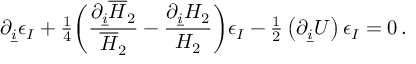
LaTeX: \partial _ { \underline { { i } } } \epsilon _ { I } + { \textstyle \frac { 1 } { 4 } } \biggl ( { \frac { \partial _ { \underline { { i } } } { \overline { { { \cal H } } } _ { 2 } } } { \overline { { { \cal H } } } _ { 2 } } } - { \frac { \partial _ { \underline { { i } } } { \cal H } _ { 2 } } { { \cal H } _ { 2 } } } \biggr ) \epsilon _ { I } - { \textstyle \frac { 1 } { 2 } } \left( \partial _ { \underline { { i } } } U \right) \epsilon _ { I } = 0 \, .